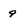
Character: 9